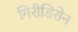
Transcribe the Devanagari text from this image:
गिरीडिरोन